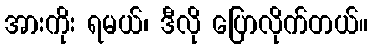
အားကိုး ရမယ်၊ ဒီလို ပြောလိုက်တယ်။